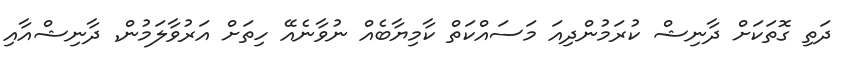
ދަތި ގޮތަކަށް ދާނިޝް ކުރަމުންދިއަ މަސައްކަތްް ކާމިޔާބެެއް ނުވާނެއޭ ހިތަށް އަރުވާލަމުން